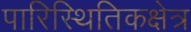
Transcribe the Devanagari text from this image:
पारिस्थितिकक्षेत्र